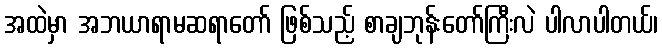
အထဲမှာ အဘယာရာမဆရာတော် ဖြစ်သည့် စာချဘုန်းတော်ကြီးလဲ ပါလာပါတယ်၊